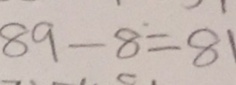
8 9 - 8 = 8 1